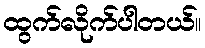
ထွက်လိုက်ပါတယ်။